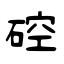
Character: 硿